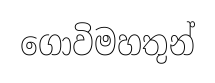
ගොවිමහතුන්